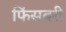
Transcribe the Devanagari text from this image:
फिंसबरी